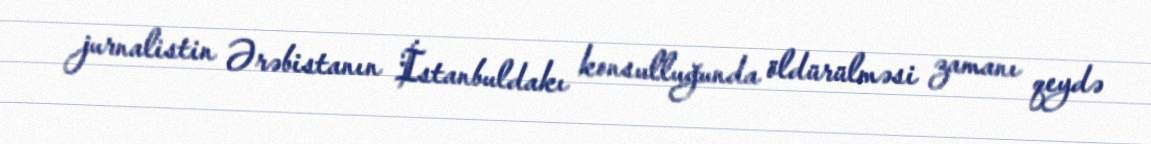
jurnalistin Ərəbistanın İstanbuldakı konsulluğunda öldürülməsi zamanı qeydə